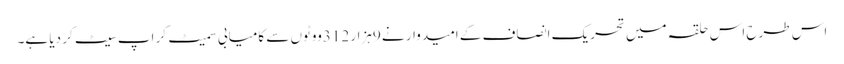
اس طرح اس حلقہ میں تحریک انصاف کے امیدوار نے 9ہزار 312ووٹوں سے کامیابی سمیٹ کر اپ سیٹ کر دیا ہے۔